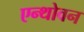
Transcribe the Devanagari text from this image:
एन्थोवन